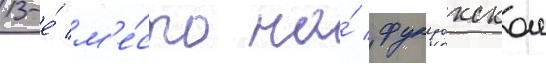
13-е́ м'е́сто на́ фукуокском